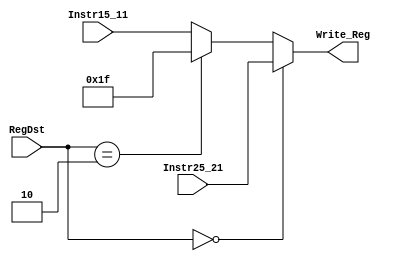
`timescale 1ns / 1ps
//////////////////////////////////////////////////////////////////////////////////
// Company: 
// Engineer: 
// 
// Design Name: 
// Module Name:    Write_Reg_Mux 
// Project Name: 
// Target Devices: 
// Tool versions: 
// Description: 
//
// Dependencies: 
//
// Revision: 
// Revision 0.01 - File Created
// Additional Comments: 
//
//////////////////////////////////////////////////////////////////////////////////
module Write_Reg_Mux(RegDst,Instr25_21,Instr15_11,Write_Reg);
input [4:0] Instr25_21,Instr15_11;
input [1:0]	RegDst;
output reg [4:0] Write_Reg;

always @(*)
begin
	if(RegDst == 2'b00)
		begin
		Write_Reg <= Instr25_21;
		end
		
	else if(RegDst == 2'b10)
		begin
		Write_Reg <= 5'b11111;
		end
		
	else
		begin
		Write_Reg <= Instr15_11;
		end
end
endmodule